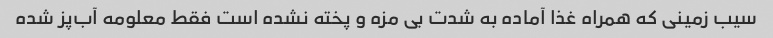
سیب زمینی که همراه غذا آماده به شدت بی مزه و پخته نشده است فقط معلومه آب‌پز شده